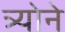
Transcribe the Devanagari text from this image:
त्र्योने